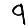
Digit: 9